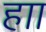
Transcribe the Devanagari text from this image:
हाा